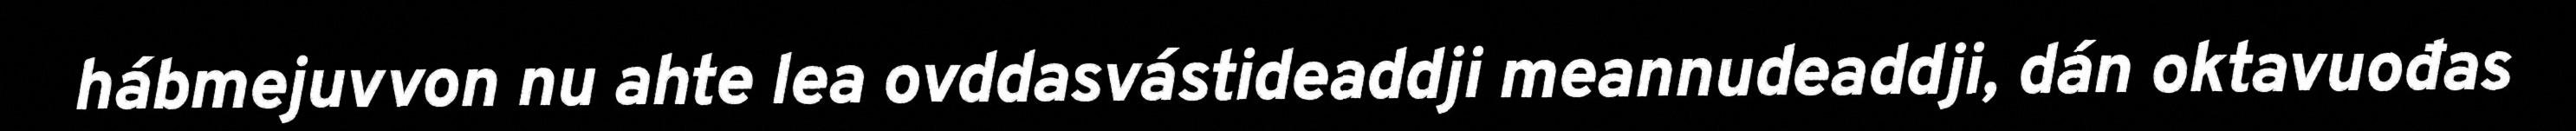
hábmejuvvon nu ahte lea ovddasvástideaddji meannudeaddji, dán oktavuođas